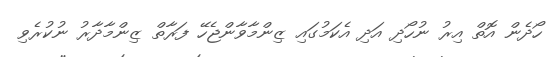
ހޯދެން އޮތް އިރު ނުހޯދި އަދި އެކަމުގައި ޒިންމާވާންޖެހޭ ފަރާތް ޒިންމާދާރު ނުކުރެވި